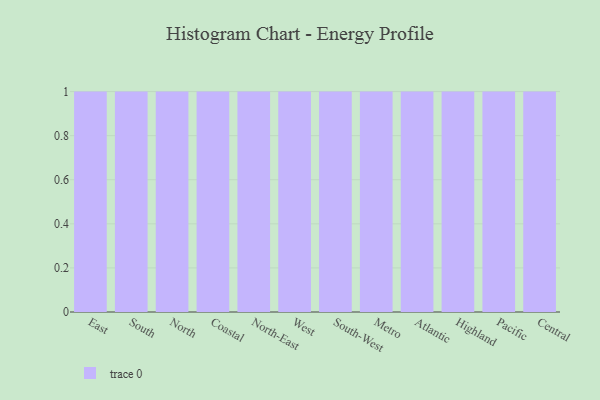
{"axis": {"x": "Region", "y": "Demand Index"}, "legend": [""], "data": [{"x": "East", "y": 89, "type": ""}, {"x": "South", "y": 61, "type": ""}, {"x": "North", "y": 38, "type": ""}, {"x": "Coastal", "y": 79, "type": ""}, {"x": "North-East", "y": 23, "type": ""}, {"x": "West", "y": 57, "type": ""}, {"x": "South-West", "y": 57, "type": ""}, {"x": "Metro", "y": 65, "type": ""}, {"x": "Atlantic", "y": 9, "type": ""}, {"x": "Highland", "y": 95, "type": ""}, {"x": "Pacific", "y": 69, "type": ""}, {"x": "Central", "y": 86, "type": ""}]}